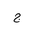
Letter: _gim